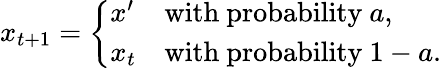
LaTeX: x_{t+1}={\left\{ \begin{array}{ll}{x^{\prime}}&{{\mathrm{with~probability~}}a,}\\ {x_{t}}&{{\mathrm{with~probability~}}1-a.}\end{array}\right.}